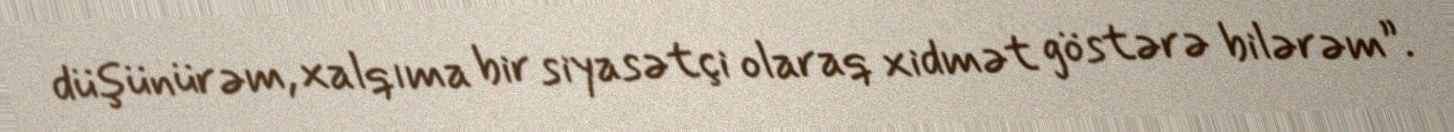
düşünürəm, xalqıma bir siyasətçi olaraq xidmət göstərə bilərəm”.